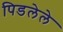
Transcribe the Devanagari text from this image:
पिडलेले